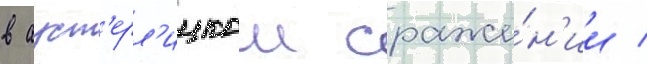
в ауст'ерл'ицком сраже́н'ии /